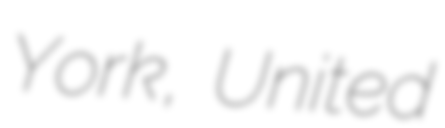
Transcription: York, United